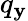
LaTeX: q_{\mathbf{y}}